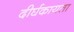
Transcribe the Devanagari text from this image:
दीर्घकायता